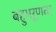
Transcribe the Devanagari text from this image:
बहुभ्रूणता